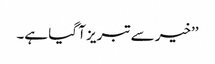
’’خیر سے تبریز آ گیا ہے۔